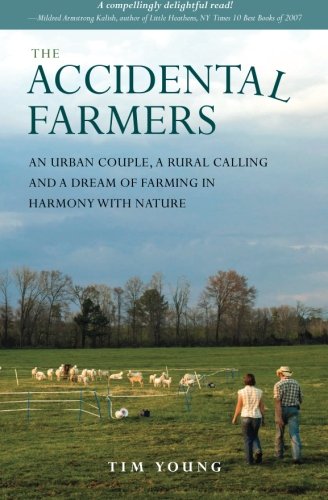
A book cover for The Accidental Farmers: An urban couple, a rural calling and a dream of farming in harmony with nature; Tim Young; Politics & Social Sciences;